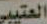
العتيبي